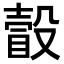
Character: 瞉